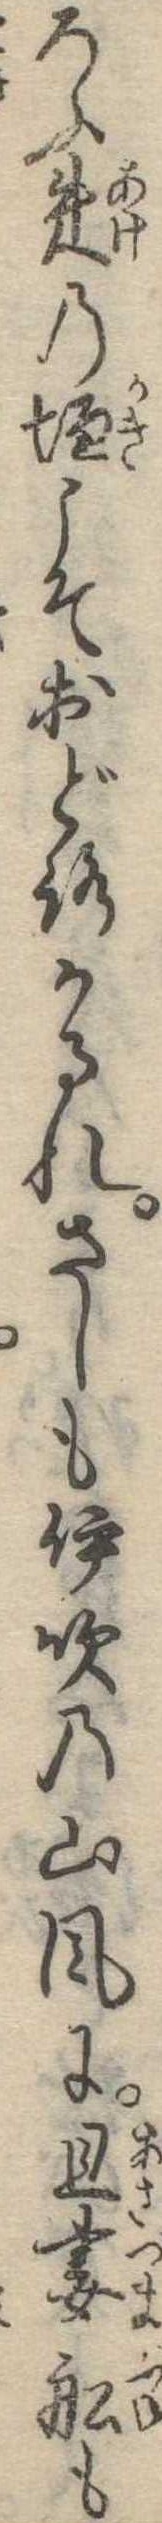
ろふ朱の垣こそおどろかるれさしも伊吹の山風に旦妻船も